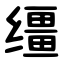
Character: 缰